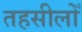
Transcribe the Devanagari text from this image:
तहसीलोँ